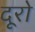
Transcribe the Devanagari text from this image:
दूरो